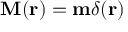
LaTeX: \mathbf { M } ( \mathbf { r } ) = \mathbf { m } \delta ( \mathbf { r } )